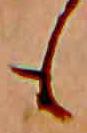
も